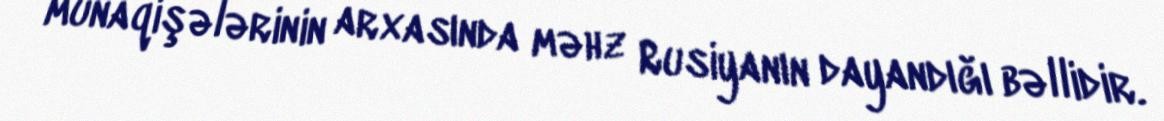
münaqişələrinin arxasında məhz Rusiyanın dayandığı bəllidir.